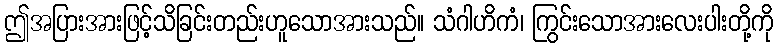
ဤအပြားအားဖြင့်သိခြင်းတည်းဟူသောအားသည်။ သံဂါဟိကံ၊ ကြွင်းသောအားလေးပါးတို့ကို